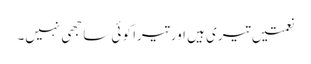
نعمتیں تیری ہیں اور تیرا کو ئی سا جھی نہیں۔